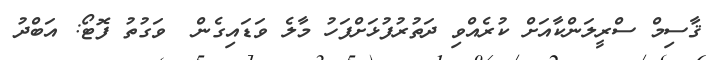
ޤާސިމް ސްރީލަންކާއަށް ކުރެއްވި ދަތުރުފުޅަށްފަހު މާލެ ވަޑައިގެން  ވަގުތު ފޮޓޯ: އަބްދުު